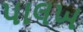
પાલખ